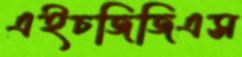
এইচজিজিএস